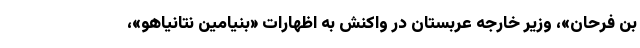
بن فرحان»، وزیر خارجه عربستان در واکنش به اظهارات «بنیامین نتانیاهو»،